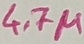
Text: 4.7µ